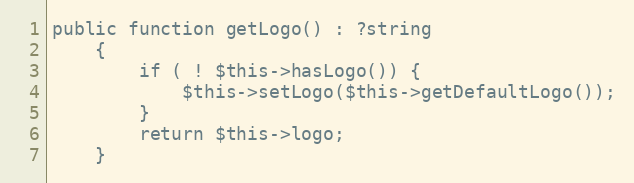
Language: PHP
public function getLogo() : ?string
    {
        if ( ! $this->hasLogo()) {
            $this->setLogo($this->getDefaultLogo());
        }
        return $this->logo;
    }